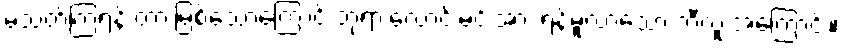
မသတ်ကြရန် တားမြစ်သောကြောင့် ဘုရားလောင်းမင်းအား ရန်မူလာသော ဘီလူးအကြောင်း။